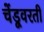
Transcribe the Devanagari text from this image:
चेंडूवरती